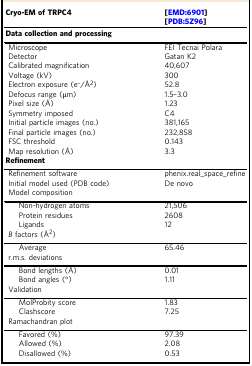
<table><thead><tr><td><b>Cryo-EM of TRPC4</b></td><td><b>[EMD:6901][PDB:5Z96]</b></td></tr></thead><tbody><tr><td colspan="2"><b>Data collection and processing</b></td></tr><tr><td> Microscope</td><td>FEI Tecnai Polara</td></tr><tr><td> Detector</td><td>Gatan K2</td></tr><tr><td> Calibrated magnification</td><td>40,607</td></tr><tr><td> Voltage (kV)</td><td>300</td></tr><tr><td> Electron exposure (e<sup>–</sup>/Å<sup>2</sup>)</td><td>52.8</td></tr><tr><td> Defocus range (μm)</td><td>1.5–3.0</td></tr><tr><td> Pixel size (Å)</td><td>1.23</td></tr><tr><td> Symmetry imposed</td><td>C4</td></tr><tr><td> Initial particle images (no.)</td><td>381,165</td></tr><tr><td> Final particle images (no.)</td><td>232,858</td></tr><tr><td> FSC threshold</td><td>0.143</td></tr><tr><td> Map resolution (Å)</td><td>3.3</td></tr><tr><td colspan="2"><b>Refinement</b></td></tr><tr><td> Refinement software</td><td>phenix.real_space_refine</td></tr><tr><td> Initial model used (PDB code)</td><td>De novo</td></tr><tr><td colspan="2"> Model composition</td></tr><tr><td>Non-hydrogen atoms</td><td>21,506</td></tr><tr><td>Protein residues</td><td>2608</td></tr><tr><td>Ligands</td><td>12</td></tr><tr><td colspan="2"> <i>B</i> factors (Å<sup>2</sup>)</td></tr><tr><td>Average</td><td>65.46</td></tr><tr><td colspan="2"> r.m.s. deviations</td></tr><tr><td>Bond lengths (Å)</td><td>0.01</td></tr><tr><td>Bond angles (°)</td><td>1.11</td></tr><tr><td colspan="2"> Validation</td></tr><tr><td>MolProbity score</td><td>1.83</td></tr><tr><td>Clashscore</td><td>7.25</td></tr><tr><td colspan="2"> Ramachandran plot</td></tr><tr><td>Favored (%)</td><td>97.39</td></tr><tr><td>Allowed (%)</td><td>2.08</td></tr><tr><td>Disallowed (%)</td><td>0.53</td></tr></tbody></table>